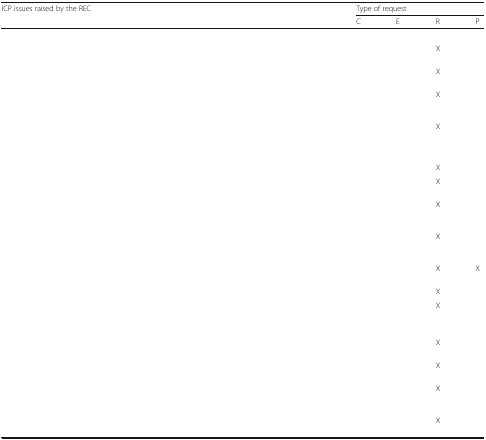
<table><thead><tr><td rowspan="2"><b>ICP issues raised by the REC</b></td><td colspan="4"><b>Type of request</b></td></tr><tr><td><b>C</b></td><td><b>E</b></td><td><b>R</b></td><td><b>P</b></td></tr></thead><tbody><tr><td colspan="5">[EMPTY_CELL]</td></tr><tr><td>[EMPTY_CELL]</td><td>[EMPTY_CELL]</td><td>[EMPTY_CELL]</td><td>X</td><td>[EMPTY_CELL]</td></tr><tr><td>[EMPTY_CELL]</td><td>[EMPTY_CELL]</td><td>[EMPTY_CELL]</td><td>X</td><td>[EMPTY_CELL]</td></tr><tr><td>[EMPTY_CELL]</td><td>[EMPTY_CELL]</td><td>[EMPTY_CELL]</td><td>X</td><td>[EMPTY_CELL]</td></tr><tr><td>[EMPTY_CELL]</td><td>[EMPTY_CELL]</td><td>[EMPTY_CELL]</td><td>X</td><td>[EMPTY_CELL]</td></tr><tr><td>[EMPTY_CELL]</td><td>[EMPTY_CELL]</td><td>[EMPTY_CELL]</td><td>X</td><td>[EMPTY_CELL]</td></tr><tr><td>[EMPTY_CELL]</td><td>[EMPTY_CELL]</td><td>[EMPTY_CELL]</td><td>X</td><td>[EMPTY_CELL]</td></tr><tr><td>[EMPTY_CELL]</td><td>[EMPTY_CELL]</td><td>[EMPTY_CELL]</td><td>X</td><td>[EMPTY_CELL]</td></tr><tr><td>[EMPTY_CELL]</td><td>[EMPTY_CELL]</td><td>[EMPTY_CELL]</td><td>X</td><td>[EMPTY_CELL]</td></tr><tr><td>[EMPTY_CELL]</td><td>[EMPTY_CELL]</td><td>[EMPTY_CELL]</td><td>X</td><td>X</td></tr><tr><td>[EMPTY_CELL]</td><td>[EMPTY_CELL]</td><td>[EMPTY_CELL]</td><td>X</td><td>[EMPTY_CELL]</td></tr><tr><td>[EMPTY_CELL]</td><td>[EMPTY_CELL]</td><td>[EMPTY_CELL]</td><td>X</td><td>[EMPTY_CELL]</td></tr><tr><td colspan="5">[EMPTY_CELL]</td></tr><tr><td>[EMPTY_CELL]</td><td>[EMPTY_CELL]</td><td>[EMPTY_CELL]</td><td>X</td><td>[EMPTY_CELL]</td></tr><tr><td>[EMPTY_CELL]</td><td>[EMPTY_CELL]</td><td>[EMPTY_CELL]</td><td>X</td><td>[EMPTY_CELL]</td></tr><tr><td>[EMPTY_CELL]</td><td>[EMPTY_CELL]</td><td>[EMPTY_CELL]</td><td>X</td><td>[EMPTY_CELL]</td></tr><tr><td>[EMPTY_CELL]</td><td>[EMPTY_CELL]</td><td>[EMPTY_CELL]</td><td>X</td><td>[EMPTY_CELL]</td></tr></tbody></table>